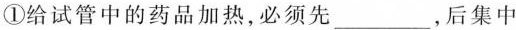
①给试管中的药品加热，必须先___，后集中